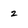
Character: 2